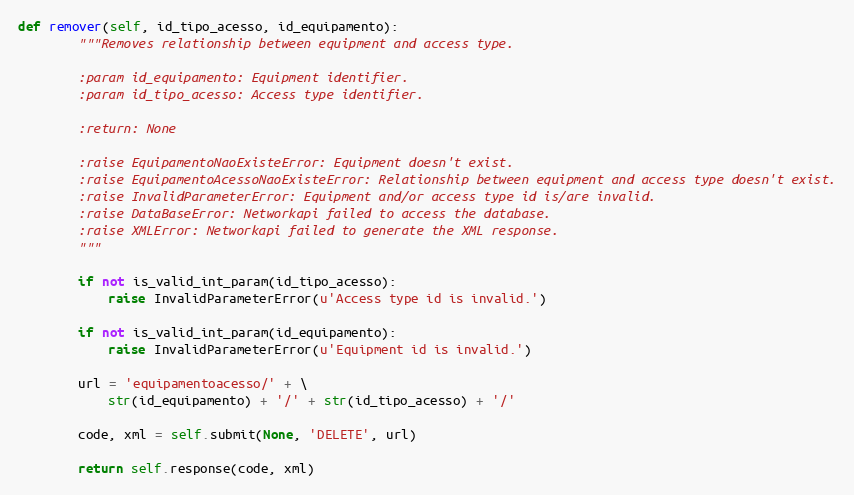
Language: Python
def remover(self, id_tipo_acesso, id_equipamento):
        """Removes relationship between equipment and access type.

        :param id_equipamento: Equipment identifier.
        :param id_tipo_acesso: Access type identifier.

        :return: None

        :raise EquipamentoNaoExisteError: Equipment doesn't exist.
        :raise EquipamentoAcessoNaoExisteError: Relationship between equipment and access type doesn't exist.
        :raise InvalidParameterError: Equipment and/or access type id is/are invalid.
        :raise DataBaseError: Networkapi failed to access the database.
        :raise XMLError: Networkapi failed to generate the XML response.
        """

        if not is_valid_int_param(id_tipo_acesso):
            raise InvalidParameterError(u'Access type id is invalid.')

        if not is_valid_int_param(id_equipamento):
            raise InvalidParameterError(u'Equipment id is invalid.')

        url = 'equipamentoacesso/' + \
            str(id_equipamento) + '/' + str(id_tipo_acesso) + '/'

        code, xml = self.submit(None, 'DELETE', url)

        return self.response(code, xml)